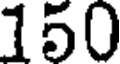
150